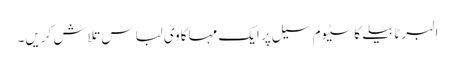
البرٹا بیلے کاسٹیوم سیل پر ایک مہاکاوی لباس تلاش کریں۔